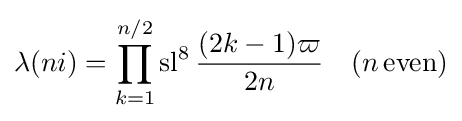
\lambda (ni)=\prod _{k=1}^{n/2}\operatorname {sl} ^{8}{\frac {(2k-1)\varpi }{2n}}\quad (n\,{\text{even}})